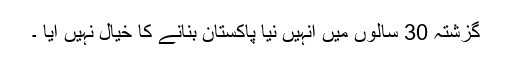
گزشتہ 30 سالوں میں اُنہیں نیا پاکستان بنانے کا خیال نہیں آیا ۔